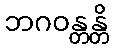
ဘဂဝန္တန္တိ